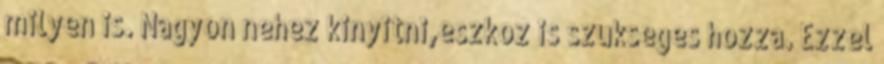
milyen is. Nagyon nehez kinyitni,eszkoz is szukseges hozza. Ezzel